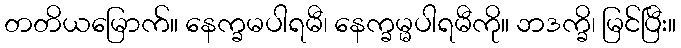
တတိယမြောက်။ နေက္ခမပါရမီ၊ နေက္ခမ္မပါရမီကို။ ဘဒက္ခိ၊ မြင်ပြီး။